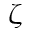
\zeta